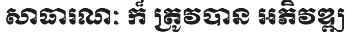
សាធារណៈ ក៏ ត្រូវបាន អភិវឌ្ឍ